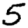
Digit: 5